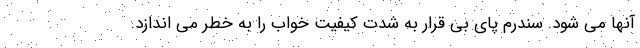
آنها می شود. سندرم پای بی قرار به شدت کیفیت خواب را به خطر می اندازد.